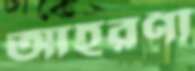
আহরণী